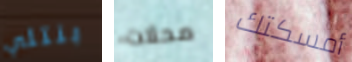
بنتلي محلات أمسكتك